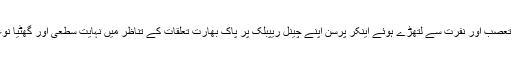
جہاں ارنب گوسوامی جیسے تعصب اور نفرت سے لتھڑے ہوئے اینکر پرسن اپنے چینل ریپبلک پر پاک بھارت تعلقات کے تناظر میں نہایت سطعی اور گھٹیا نوعیت کے پروگرام کرتے ہیں۔